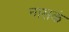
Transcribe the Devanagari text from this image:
नासकं